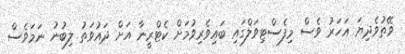
ވޭތުވެދިޔަ އަހަރު ވެސް މިފެސްޓިވަލްގައި ބައިވެރިވުމަށް ކެޓްރީނާ އަށް ދައުވަތު ލިބުނު ނަމަވެސް